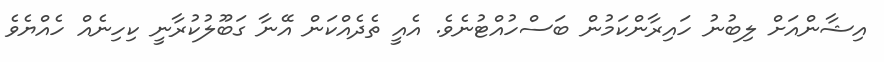
އިޝާންއަށް ލިބުނު ހައިރާންކަމުން ބަސްހުއްޓުނެވެ. އެއީ ތެދެއްކަން އޭނާ ގަބޫލުކުރާނީ ކިހިނެއް ހެއްޔެވެ